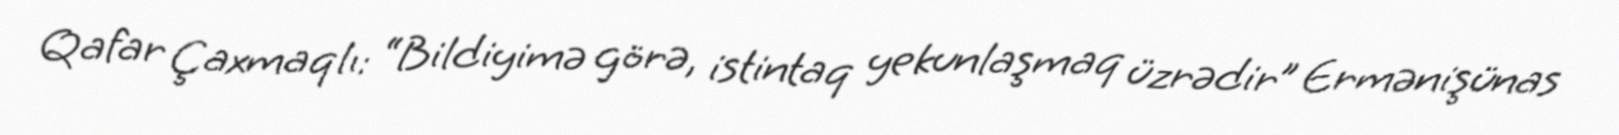
Qafar Çaxmaqlı: “Bildiyimə görə, istintaq yekunlaşmaq üzrədir” Ermənişünas